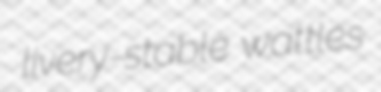
livery-stable wattles